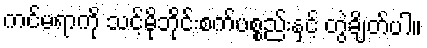
ကင်မရာကို သင့်မိုဘိုင်းစက်ပစ္စည်းနှင့် တွဲချိတ်ပါ။